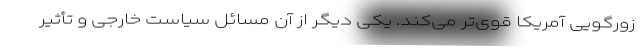
زورگویی آمریکا قوی‌تر می‌کند. یکی دیگر از آن مسائل سیاست خارجی و تأثیر